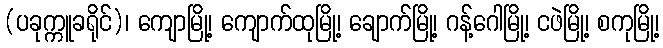
(ပခုက္ကူခရိုင်)၊ ကျောမြို့၊ ကျောက်ထုမြို့၊ ချောက်မြို့၊ ဂန့်ဂေါမြို့၊ ငဖဲမြို့၊ စကုမြို့၊